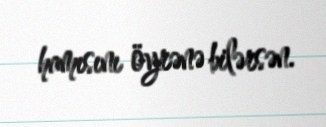
hamısını öyrənə bilərsən.